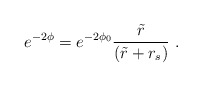
\begin{align*}e^{-2\phi} = e^{-2\phi_{0}}\frac{\tilde{r}}{(\tilde{r} + r_{s})}~.\end{align*}